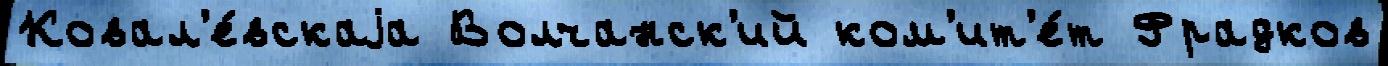
Ковал'е́вскаjа Волчанск'ий ком'ит'е́т Фрадков